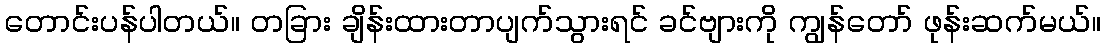
တောင်းပန်ပါတယ်။ တခြား ချိန်းထားတာပျက်သွားရင် ခင်ဗျားကို ကျွန်တော် ဖုန်းဆက်မယ်။